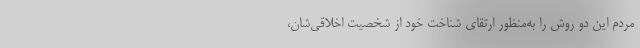
مردم این دو روش را به‌منظور ارتقای شناخت خود از شخصیت اخلاقی‌شان،